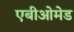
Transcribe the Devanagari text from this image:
एबीओमेड